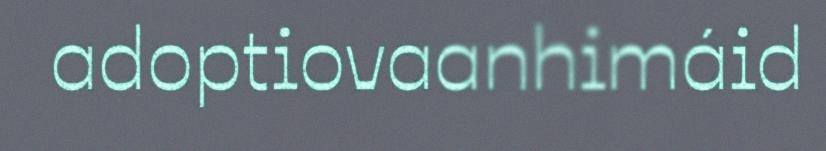
adoptiovaanhimáid